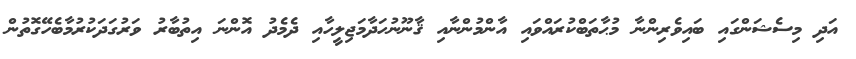
އަދި މިސެޝަންގައި ބައިވެރިންނާ މުޙާތަބްކުރައްވައި އާންމުންނާއި ޤާނޫނުހަދާމަޖިލީހާއި ދެމެދު އޮންނަ އިތުބާރު ވަރުގަދަކުރުމާބެހޭގޮތުން